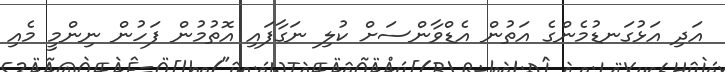
އަދި އަޅުގަނޑުމެންގެ އަތުން އެޑްވާންސަށް ކުލި ނަގާފައި އޮތުމުން ފަހުން ނިންމީ މެއި